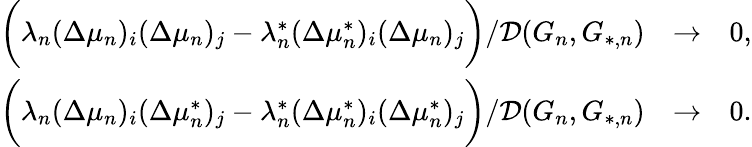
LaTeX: \begin{array}{rlr}{\biggr(\lambda_{n}(\Delta\mu_{n})_{i}(\Delta\mu_{n})_{j}-\lambda_{n}^{*}(\Delta\mu_{n}^{*})_{i}(\Delta\mu_{n})_{j}\biggr)/\mathcal{D}(G_{n},G_{*,n})}&{\to}&{0,}\\ {\biggr(\lambda_{n}(\Delta\mu_{n})_{i}(\Delta\mu_{n}^{*})_{j}-\lambda_{n}^{*}(\Delta\mu_{n}^{*})_{i}(\Delta\mu_{n}^{*})_{j}\biggr)/\mathcal{D}(G_{n},G_{*,n})}&{\to}&{0.}\end{array}